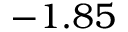
- 1 . 8 5